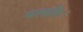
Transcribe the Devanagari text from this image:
फलग्रहिः।